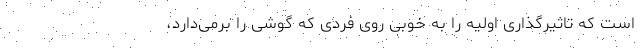
است که تاثیرگذاری اولیه را به خوبی روی فردی که گوشی را برمی‌دارد،